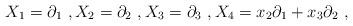
LaTeX: \begin{align*} X_1=\partial_1 ~,X_2=\partial_2 ~ , X_3=\partial_3 ~,X_4=x_2 \partial_1+x_3\partial_2 ~ , \end{align*}